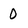
Character: 0